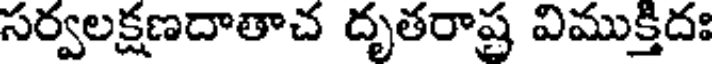
సర్వలక్షణదాతాచ దృతరాష్ర విముక్తిదః